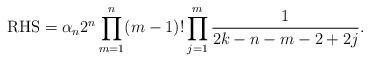
LaTeX: \begin{align*} {\rm RHS}=\alpha_n2^n\prod_{m=1}^n(m-1)!\prod_{j=1}^m\frac{1}{2k-n-m-2+2j}.\end{align*}